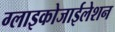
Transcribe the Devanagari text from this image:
ग्लाइकोजाईलेशन